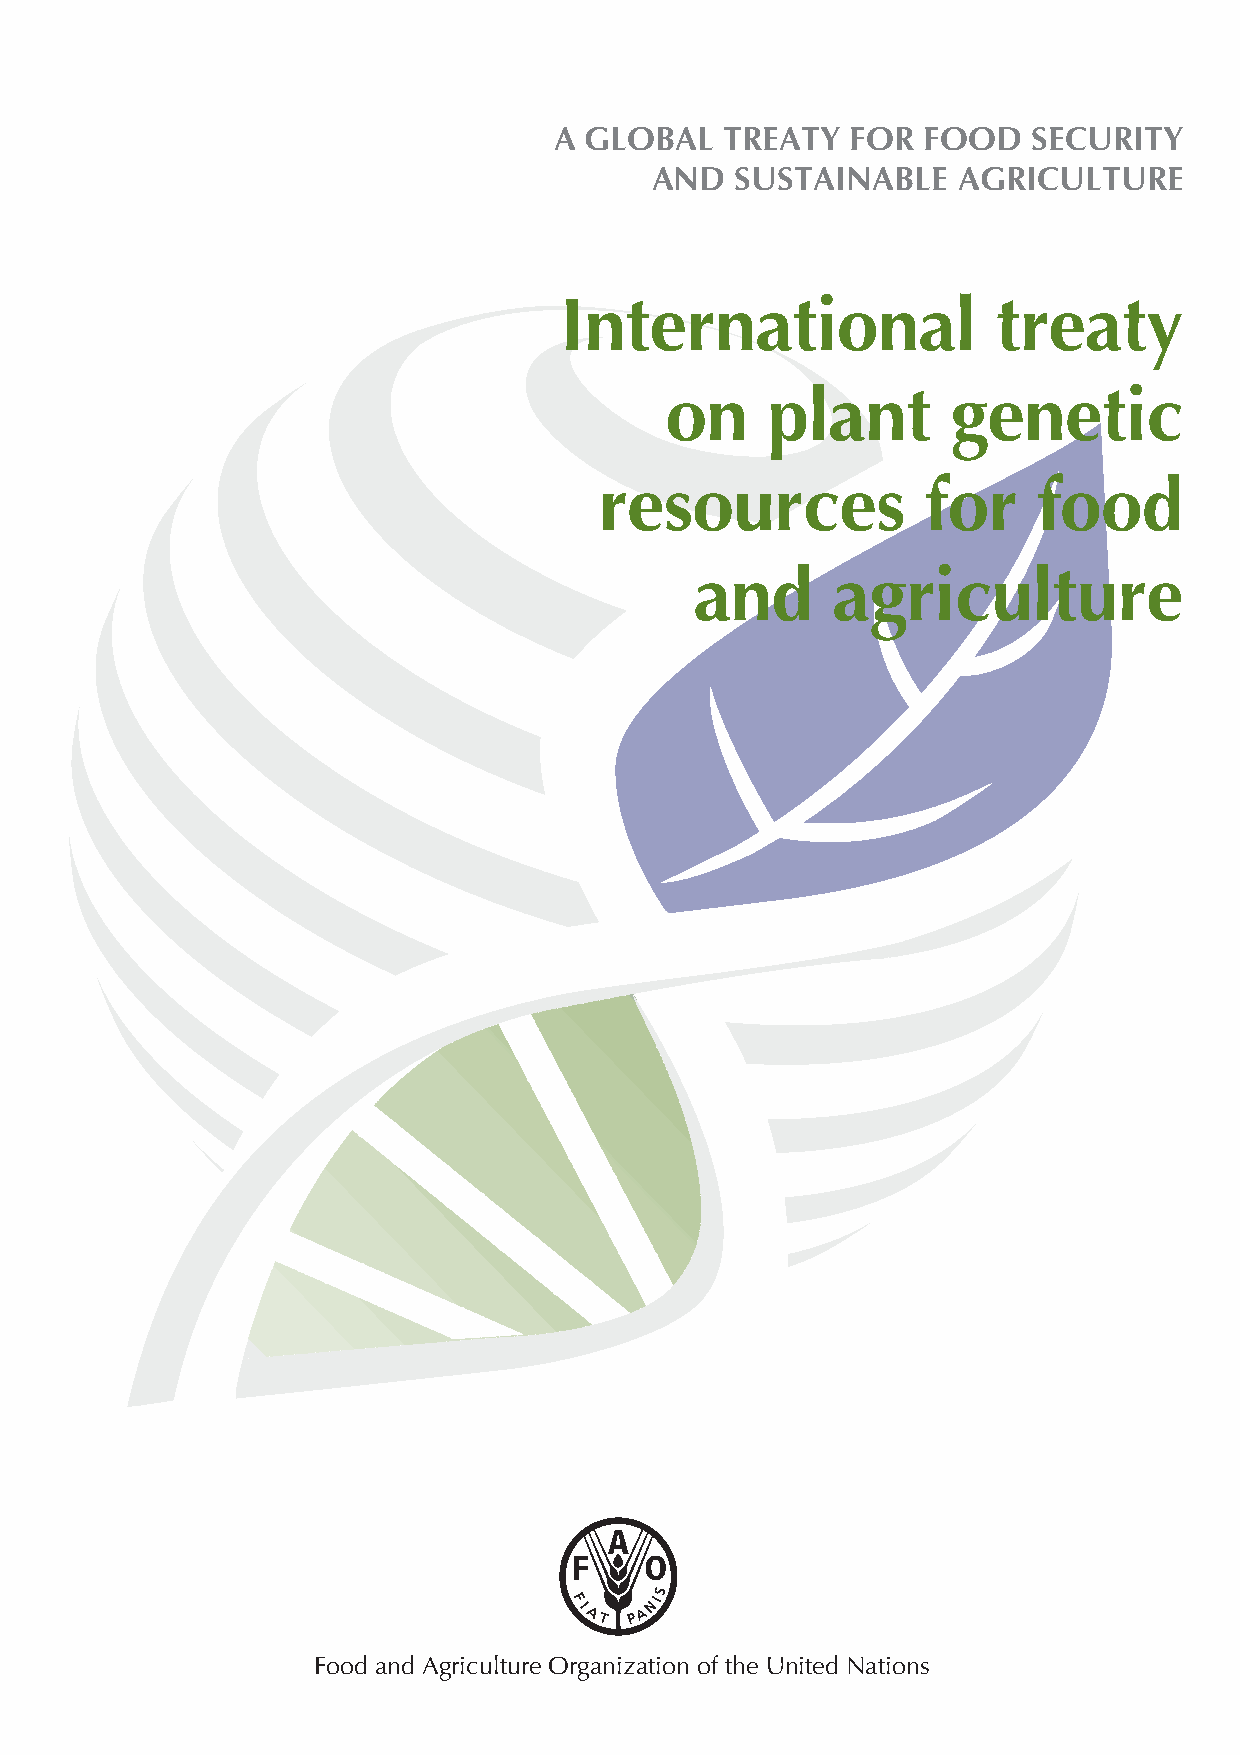
A GLOBAL   TREATY  FOR  FOOD   SECURITY
 AND   SUSTAINABLE   AGRICULTURE
 International                treaty
 on     plant       genetic
 resources            for     food
 and      agriculture
 Food and Agriculture Organization of the United Nations